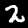
Label: 2